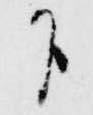
下